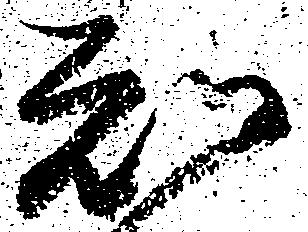
知